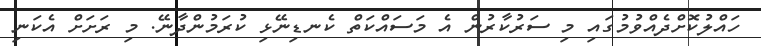
ހައްލުކޮށްދެއްވުމުގައި މި ސަރުކާރުން އެ މަސައްކަތް ކެނޑިނޭޅި ކުރަމުންދާނޭ. މި ރަށަށް އެކަނި